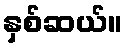
နှစ်ဆယ်။